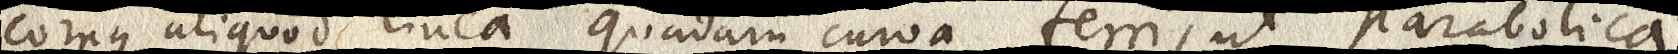
corpus aliquod linea quadam curva ferri, ut parabolica